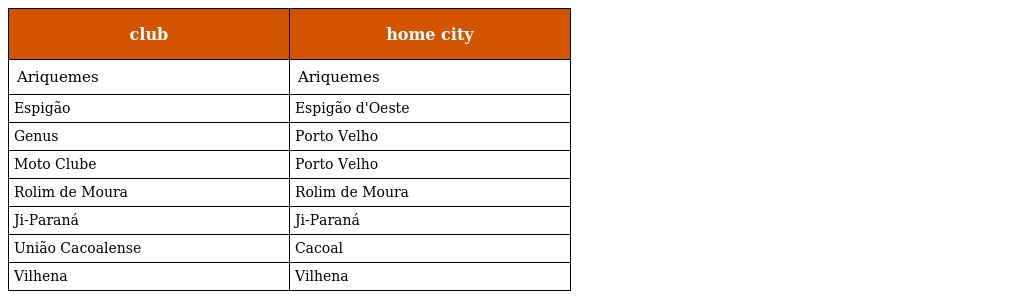
| club | home city |
 | --- | --- |
 | Ariquemes | Ariquemes |
 | Espigão | Espigão d'Oeste |
 | Genus | Porto Velho |
 | Moto Clube | Porto Velho |
 | Rolim de Moura | Rolim de Moura |
 | Ji-Paraná | Ji-Paraná |
 | União Cacoalense | Cacoal |
 | Vilhena | Vilhena |